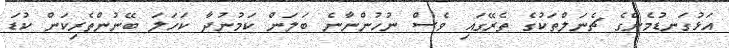
އަޅުގަނޑުމެންގެ ޗެނަލްތަކުގެ ތެރޭގައި ވެސް ނުހުންނާނެ ބަލަން ކަމުނުދާ ކަހަލަ ބޭނުންތެރިކަން ކުޑަ